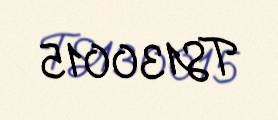
TS130015